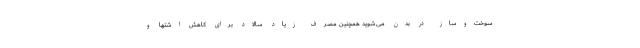
سوخت‌و‌ساز در بدن می‌شوید همچنین مصرف زیاد سالاد برای کاهش اشتها و